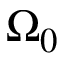
\Omega _ { 0 }